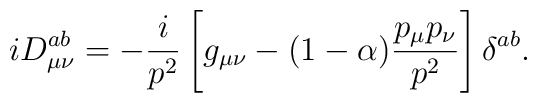
iD_{\mu\nu}^{ab}  =-\frac i{p^2}    \left[g_{\mu\nu}-(1-\alpha)\frac{p_\mu p_\nu}{p^2}\right]\delta^{ab} .